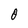
Character: 0